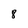
Character: 8